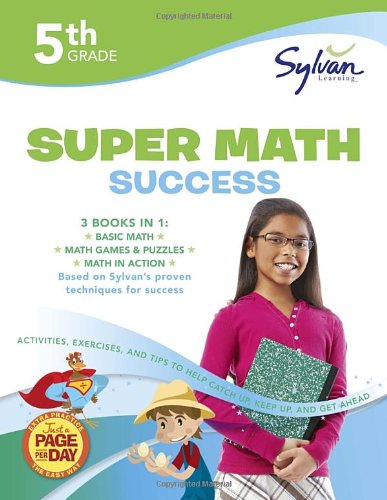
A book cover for Fifth Grade Super Math Success (Sylvan Super Workbooks) (Math Super Workbooks); Sylvan Learning; Science & Math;